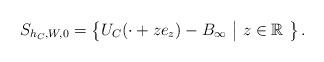
LaTeX: \begin{align*}S_{h_C,W,0}=\left\{ U_{C}(\cdot +ze_z)-B_{\infty}\ \big|\ z\in \mathbb{R}\ \right\}. \end{align*}